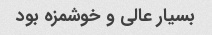
بسیار عالی و خوشمزه بود